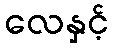
လေနှင့်